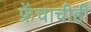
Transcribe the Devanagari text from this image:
फ्रेंचाचीही